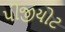
પીજીયોટ